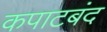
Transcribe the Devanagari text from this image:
कपाटबंद